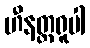
ဟီနတ္ထရူပါ